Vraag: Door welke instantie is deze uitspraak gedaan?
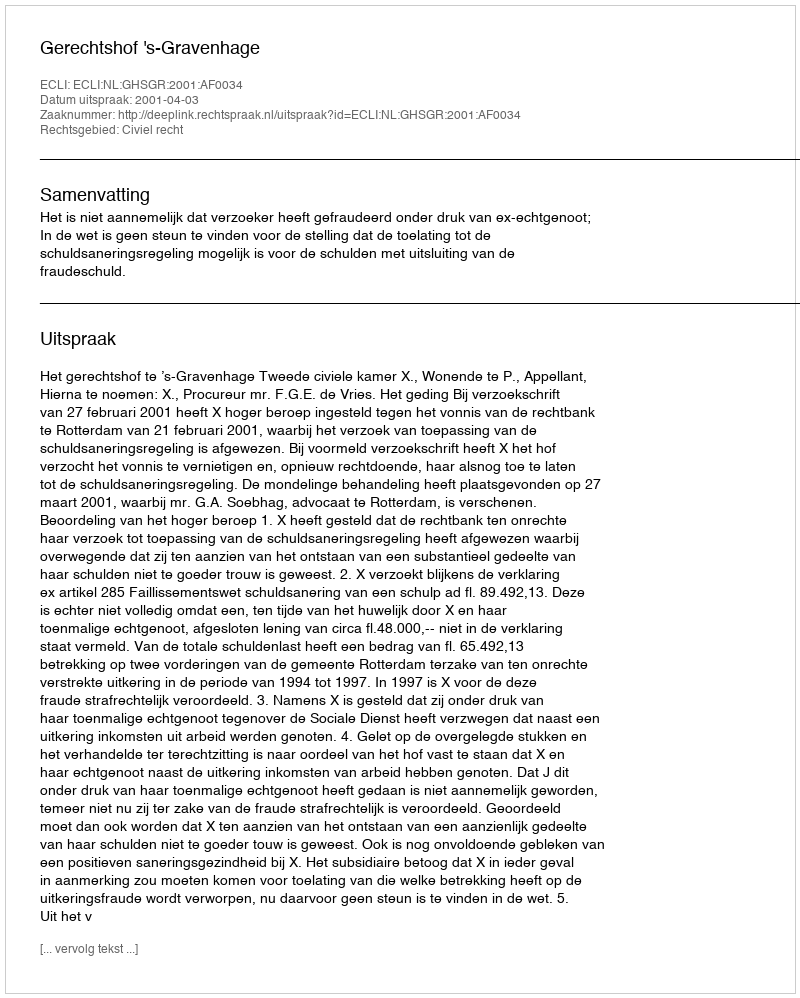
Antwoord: Gerechtshof 's-Gravenhage